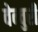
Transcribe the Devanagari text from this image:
वेन्चुरी